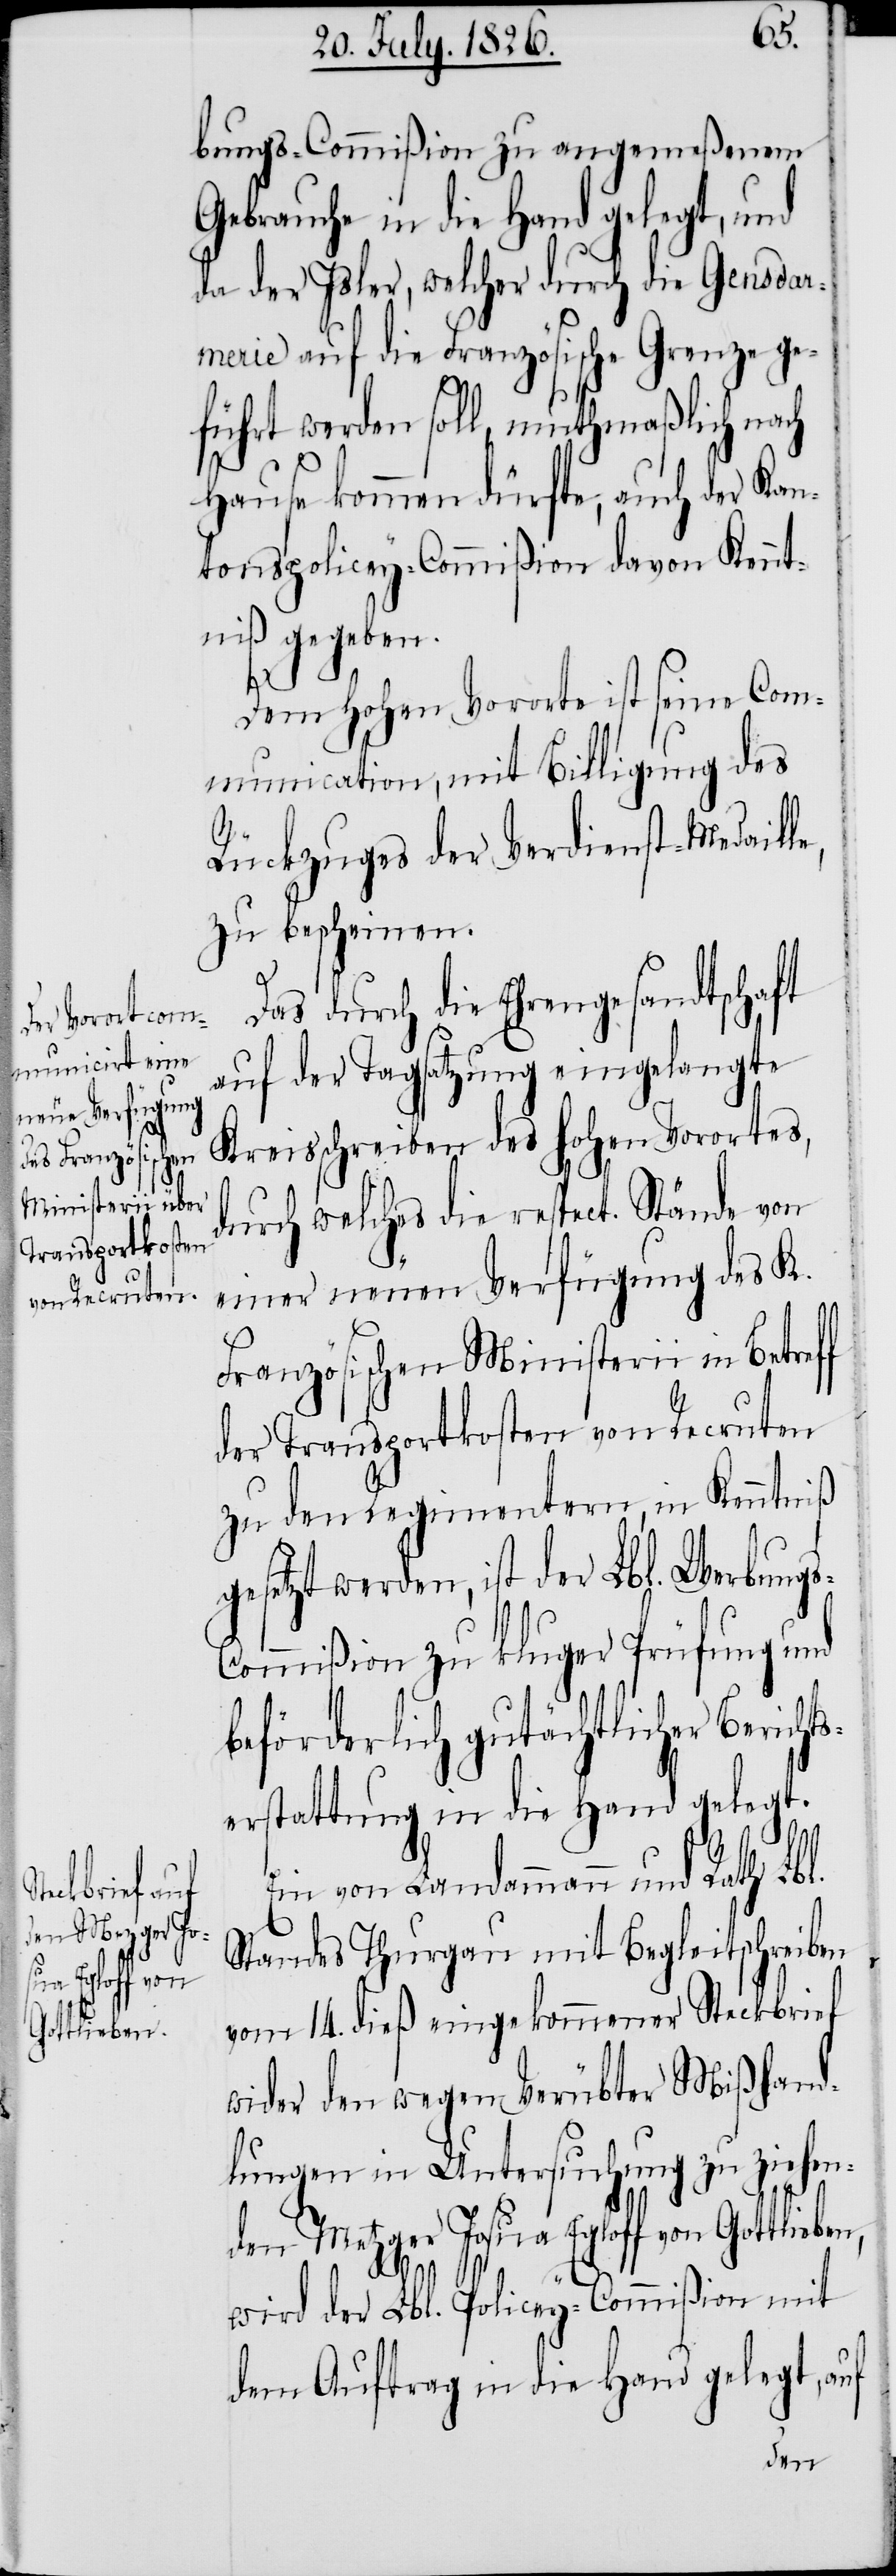
den Metzger Jos¬
ua Egloff von
Gottlieben,

bungs-Commißion zu angemeßenem
Gebrauche in die Hand gelegt, und
da der Isler, welcher durch die Gensda¬
rmerie auf die Französische Grenze ge¬
führt werden soll, muthmaßlich nach
Hause kommen dürfte, auch der Kan¬
tonspolicey-Commißion davon Kennt¬
niß gegeben.
ts¬
Dem hohen Vororte ist seine Com¬
munication, mit Billigung des
Rückzuges der Verdienst-Medaille,
zu bescheinen.
Das durch die Ehrengesandtschaft
auf der Tagsatzung eingelangte
Kreisschreiben des hohen Vorortes,
durch welches die respect. Stände von
einer neuen Verfügung des K.
Französischen Ministerii in Betreff
der Transportkosten von Recruten
zu den Regimentern, in Kenntniß
gesetzt werden, ist der Lbl. Werbung¬
ommißion zu kluger Prüfung und
beförderlich gutächtlicher Berich¬
erstattung in die Hand gelegt.
Ein von Landammann und Rath Lbl.
Standes Thurgau mit Begleitschreiben
vom 14. dieß eingekommener Steckbrief
wider den wegen Verübter Mißhand¬
lungen in Untersuchung zu ziehen¬
wird der Lbl. Policey-Commißion mit
dem Auftrag in die Hand gelegt, auf